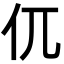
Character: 㐳